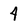
Character: 4